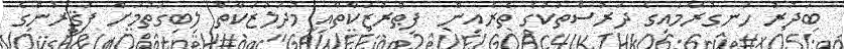
ބަދުރު ހަނގުރާމައިގެ ދަރުސްތަކުގެ ތެރެއިން  ފިޠުރުޒަކާތާއި މުދަލުޒަކާތް ލިބިގަތުމަށް ފަޤީރުންގެ